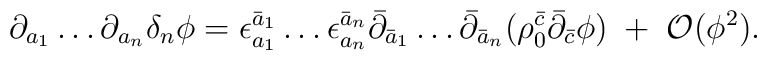
\partial_{a_1} \ldots \partial_{a_n} \delta_n \phi =\epsilon^{\bar a_1}_{a_1} \ldots \epsilon^{\bar a_n}_{a_n}\bar{\partial}_{\bar a_1} \ldots \bar{\partial}_{\bar a_n}(\rho_0^{\bar c} \bar{\partial}_{\bar c} \phi )\; + \; {\cal O} ( \phi^2 ).